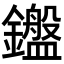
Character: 𬬛